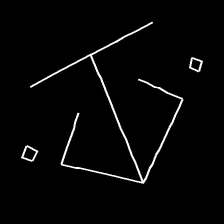
Glyph: earth